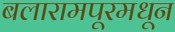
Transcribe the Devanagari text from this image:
बलारामपूरमधून